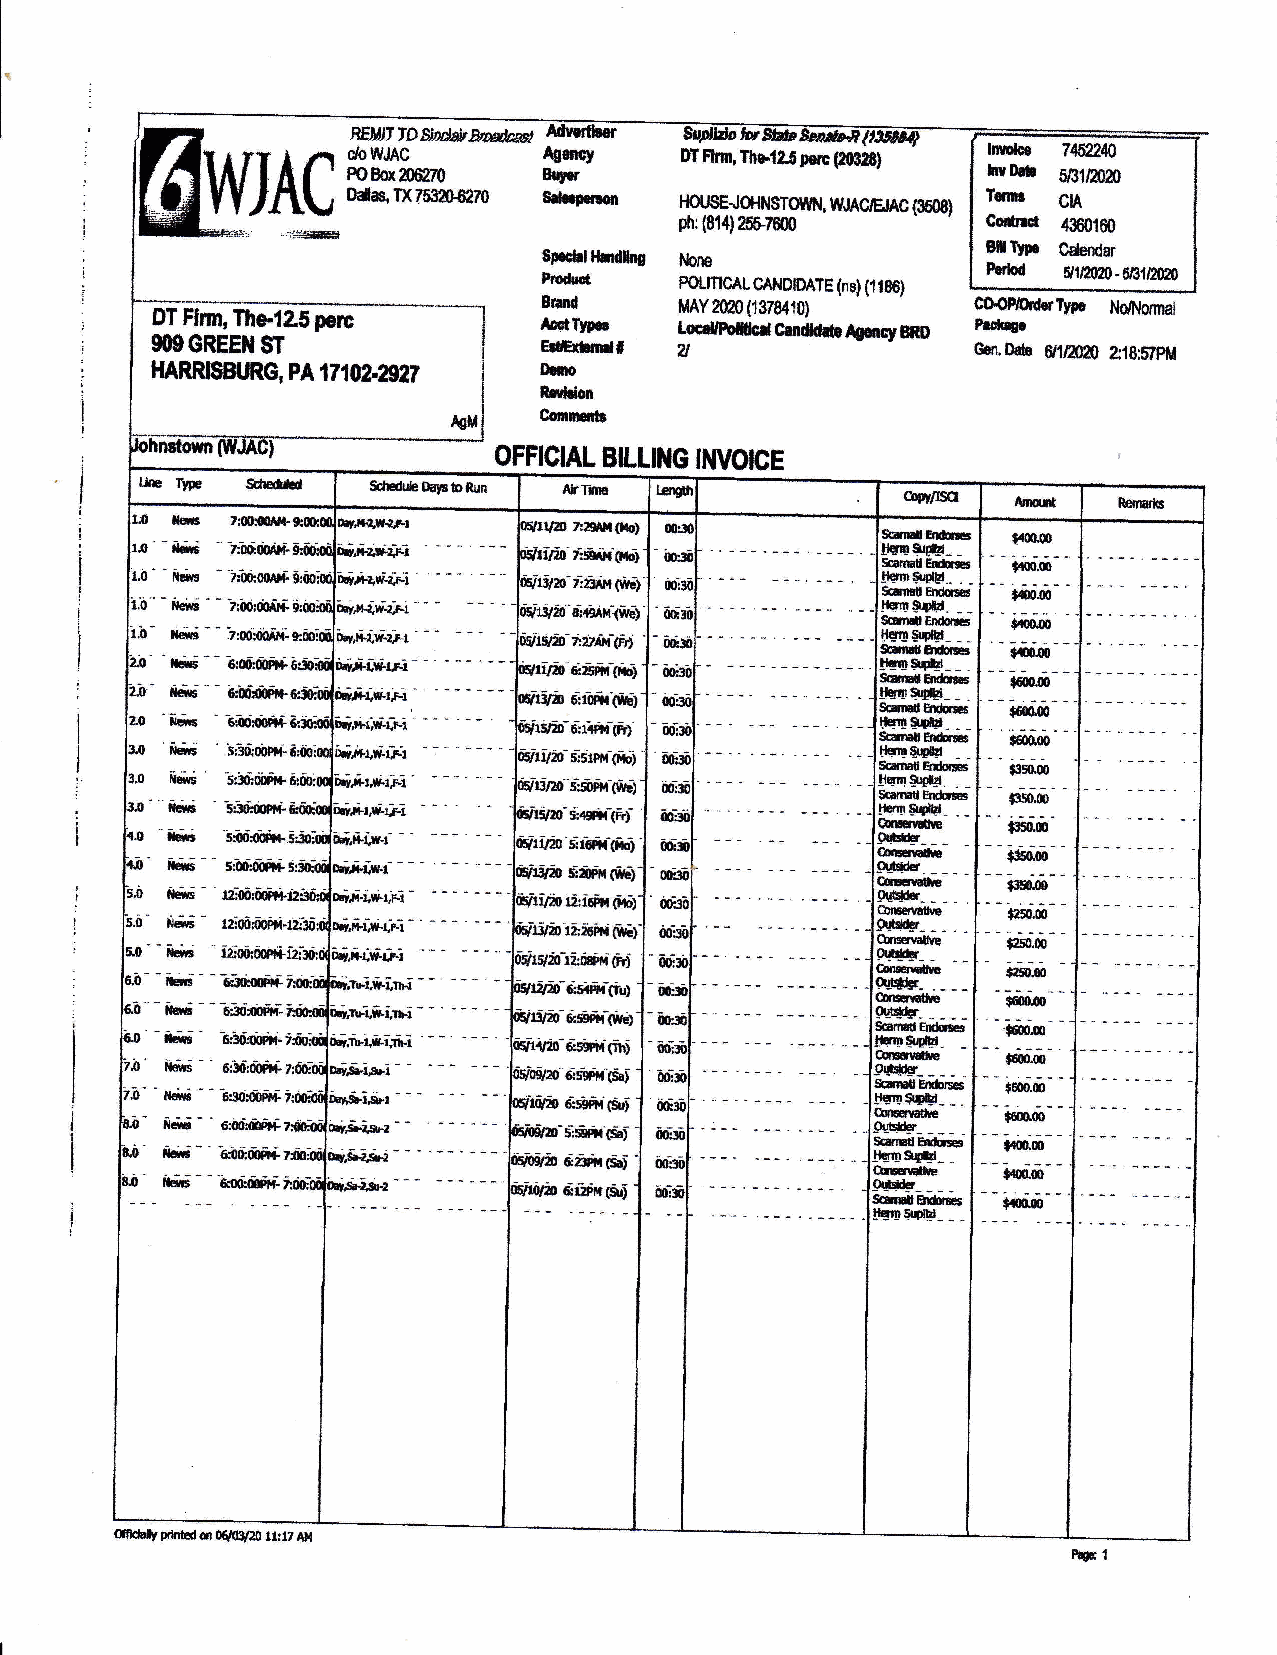
BE}//llDB)d*.WtM flIttN
 cloWJAC
 A$ncy    DTFlrm,Ilto.le6ponpGf)
 POBqzOMrO
 Brry
 Dda,IXT$A0{trn0 *wltor
 pH h0u :s (E 8- 1J0 {et{t mirs mToru{, li JAc',Enc F60s}
 Sp.d.llhrtdtte
 l,lorp
 E!&d
 PounCAL CAIID|DATE (ne) (liSe)
 fE cra Crd
 Tnr
 M locA dlY Pr2 off ff ici( J1 cr3 n7 *tiS .l04 c1 nc0 y)
 B n0
 c kO fr{ rn0n*rypc l,ldl'tomal
 EdETdI   a
 cgl.0dB 6t1t&it0 Zl8:SfPftt
 Diio
 RrrUon
 Cmnaili
 OFFICIAL BILLING INVOTCE
 omcbt p.hhd {Il 0qG/20 urtT At{